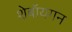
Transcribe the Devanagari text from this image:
शेबॉयगन